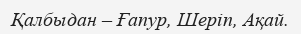
Қалбыдан – Ғапур, Шеріп, Ақай.